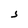
Character: S